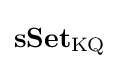
\mathbf {sSet} _{\mathrm {KQ} }